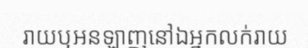
រាយឬអនឡាញនៅឯអ្នកលក់រាយ